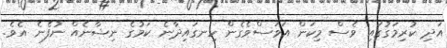
އަދި ކުރިމަގުގައި ވެސް މިކަން އަވަސްވެގެން ހިނގައިދާނެ ކަމުގެ ނިޝާނެއް ނުފެނެ އެވެ.